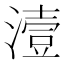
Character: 潱